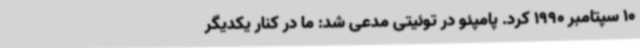
10 سپتامبر 1990 کرد. پامپئو در توئیتی مدعی شد: ما در کنار یکدیگر